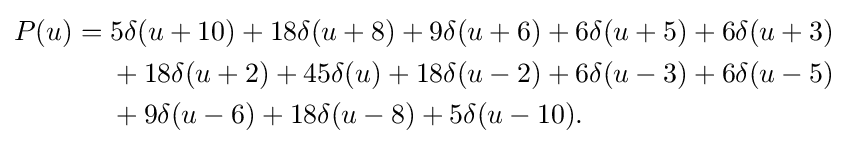
{\begin{aligned}P(u)={}&5\delta (u+10)+18\delta (u+8)+9\delta (u+6)+6\delta (u+5)+6\delta (u+3)\\&+18\delta (u+2)+45\delta (u)+18\delta (u-2)+6\delta (u-3)+6\delta (u-5)\\&+9\delta (u-6)+18\delta (u-8)+5\delta (u-10).\end{aligned}}